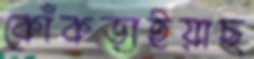
কোঁকড়াইয়াছ